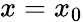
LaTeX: x=x_{0}